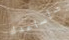
سأساعدك